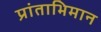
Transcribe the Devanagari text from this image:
प्रांताभिमान